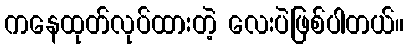
ကနေထုတ်လုပ်ထားတဲ့ လေးပဲဖြစ်ပါတယ်။